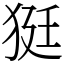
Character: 㹶